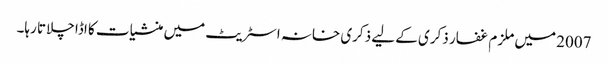
2007 میں ملزم غفار ذکری کے لیے ذکری خانہ اسٹریٹ میں منشیات کا اڈا چلاتا رہا۔